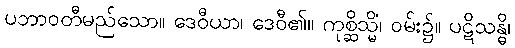
ပဘာဝတီမည်သော။ ဒေဝီယာ၊ ဒေဝီ၏။ ကုစ္ဆိသ္မိံ၊ ဝမ်း၌။ ပဋိသန္ဓိ၊